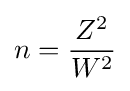
n={\frac {Z^{2}}{W^{2}}}